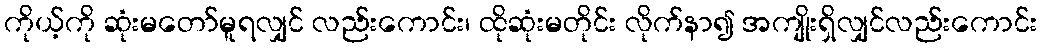
ကိုယ့်ကို ဆုံးမတော်မူရလျှင် လည်းကောင်း၊ ထိုဆုံးမတိုင်း လိုက်နာ၍ အကျိုးရှိလျှင်လည်းကောင်း